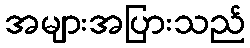
အများအပြားသည်